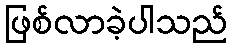
ဖြစ်လာခဲ့ပါသည်